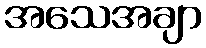
အသေအချာ